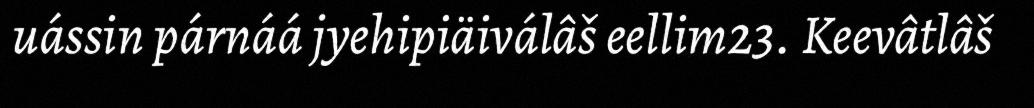
uássin párnáá jyehipiäiválâš eellim23. Keevâtlâš